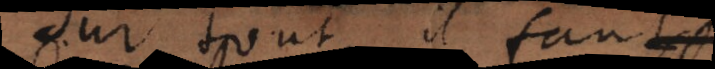
ur tout, il faut